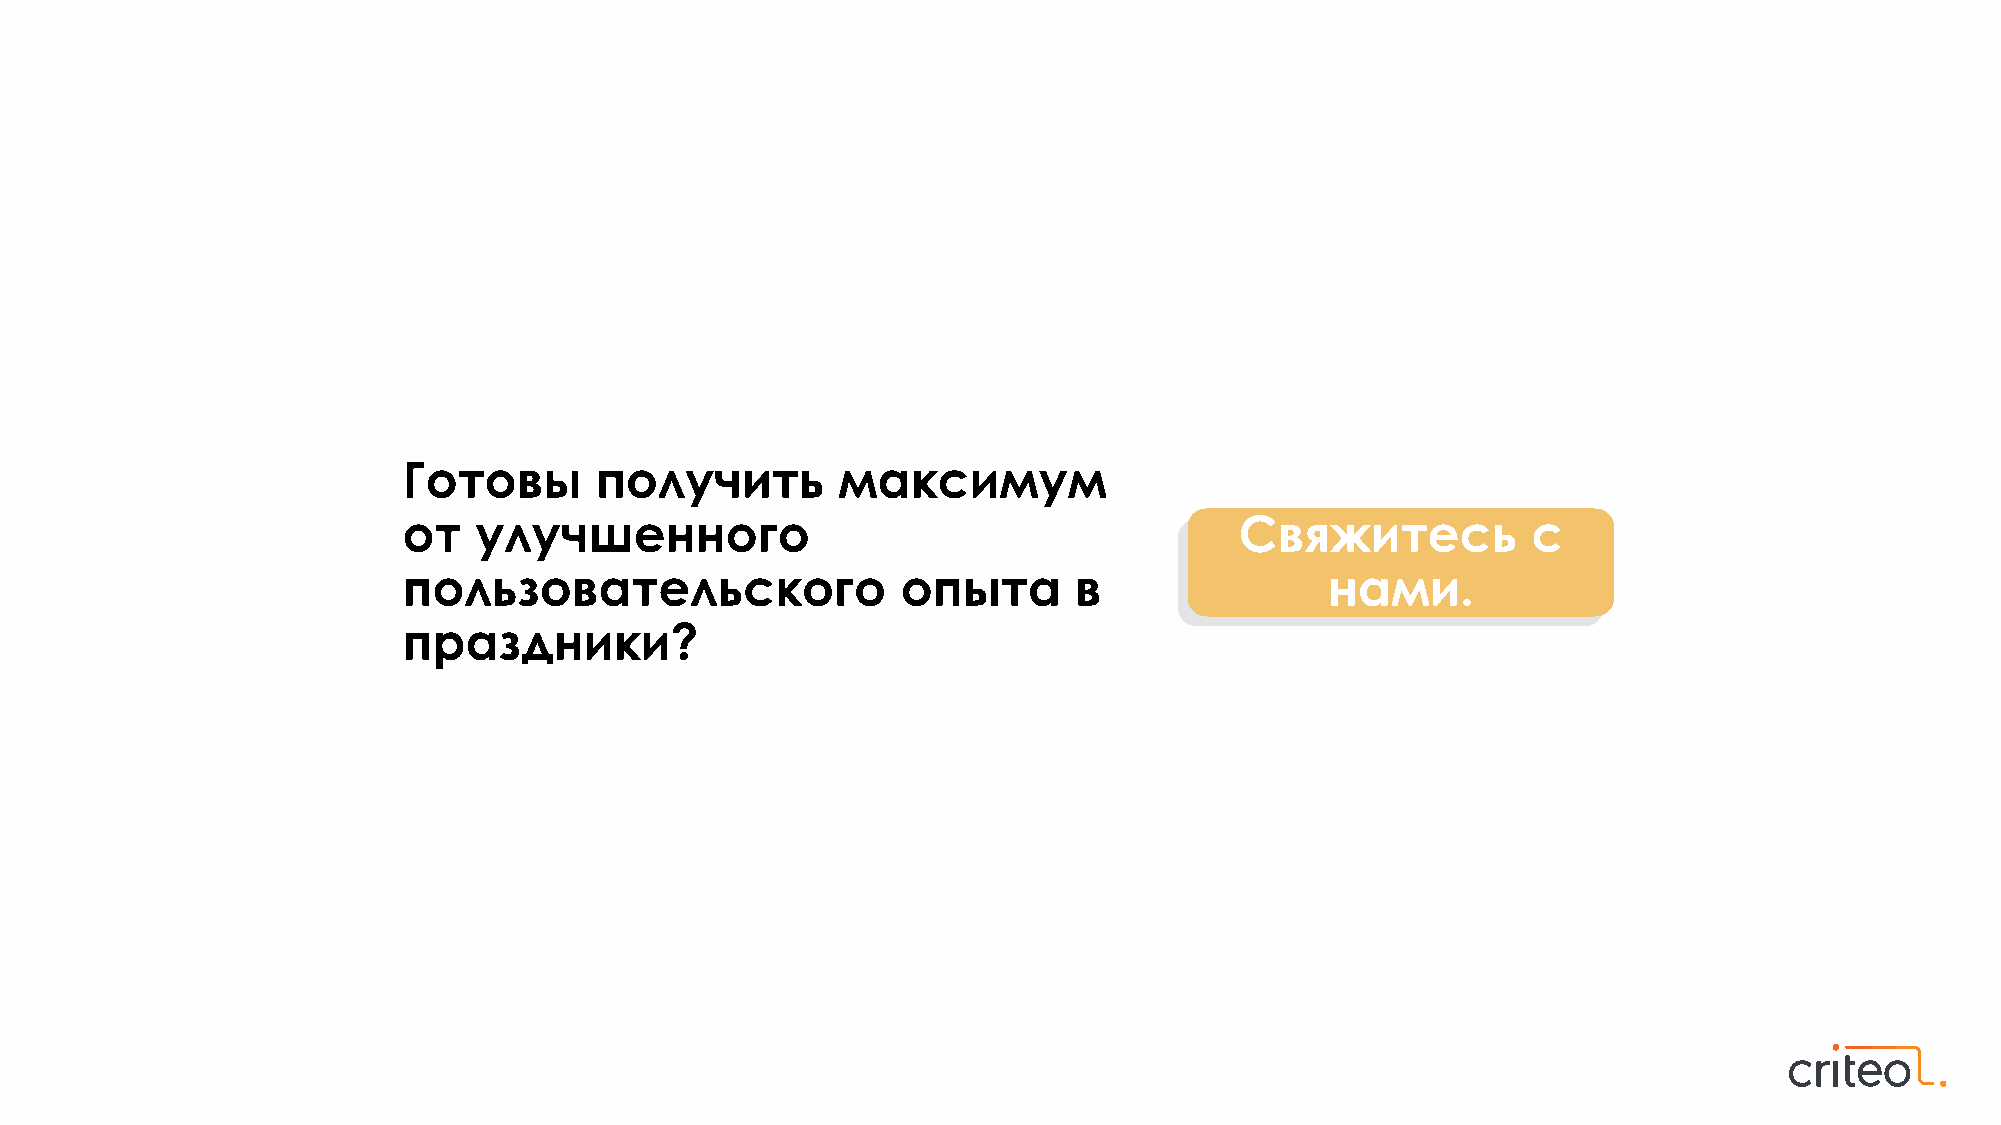
Готовы      получить        максимум
 от  улучшенного                                        Свяжитесь          с
 пользовательского                опыта      в                нами.
 праздники?